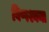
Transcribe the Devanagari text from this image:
विप्पश्यना